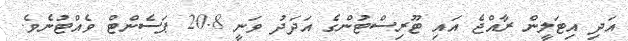
އަދި އިޓަލީން ރާއްޖެ އައި ޓޫރިސްޓުންގެ އަދަދު ވަނީ 20.8 ޕަސެންޓް ވެއްޓުނެވެ.